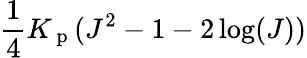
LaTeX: \frac{1}{4}K_{\mathrm{~p~}}(J^{2}-1-2\log(J))